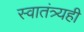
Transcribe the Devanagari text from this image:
स्वातंत्र्यही